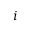
i